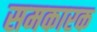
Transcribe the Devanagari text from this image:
समकारक